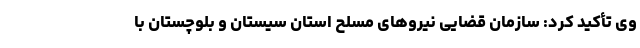
وی تأکید کرد: سازمان قضایی نیروهای مسلح استان سیستان و بلوچستان با